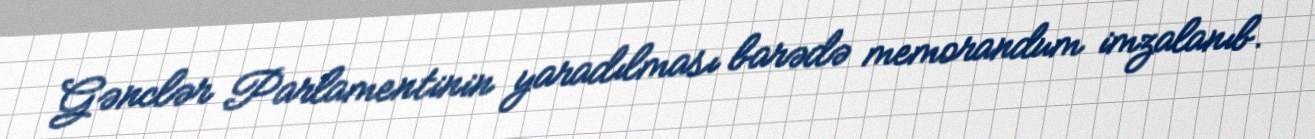
Gənclər Parlamentinin yaradılması barədə memorandum imzalanıb.